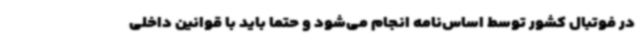
در فوتبال کشور توسط اساس‌نامه انجام می‌شود و حتما باید با قوانین داخلی